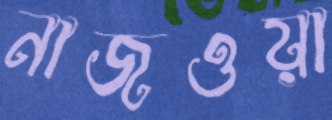
নাজওয়া